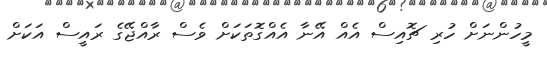
މީހުންނަށް ހުރި ޗޮއިސް އެއް އޭނާ އެއްގޮތަަކަށް ވެސް ރާއްޖޭގެ ރައީސް އަކަށް